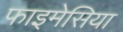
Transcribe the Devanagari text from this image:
फाइमेसिया